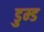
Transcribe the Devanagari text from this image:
डुम्ड